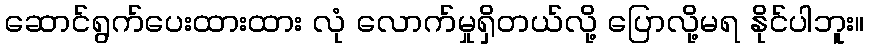
ဆောင်ရွက်ပေးထားထား လုံ လောက်မှုရှိတယ်လို့ ပြောလို့မရ နိုင်ပါဘူး။